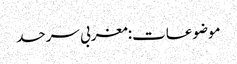
موضوعات:مغربی سرحد